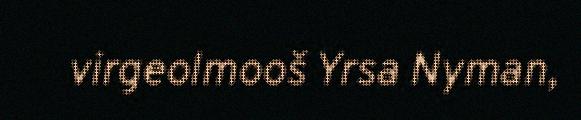
virgeolmooš Yrsa Nyman,